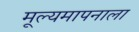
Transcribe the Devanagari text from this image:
मूल्यमापनाला